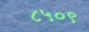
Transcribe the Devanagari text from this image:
८५०९